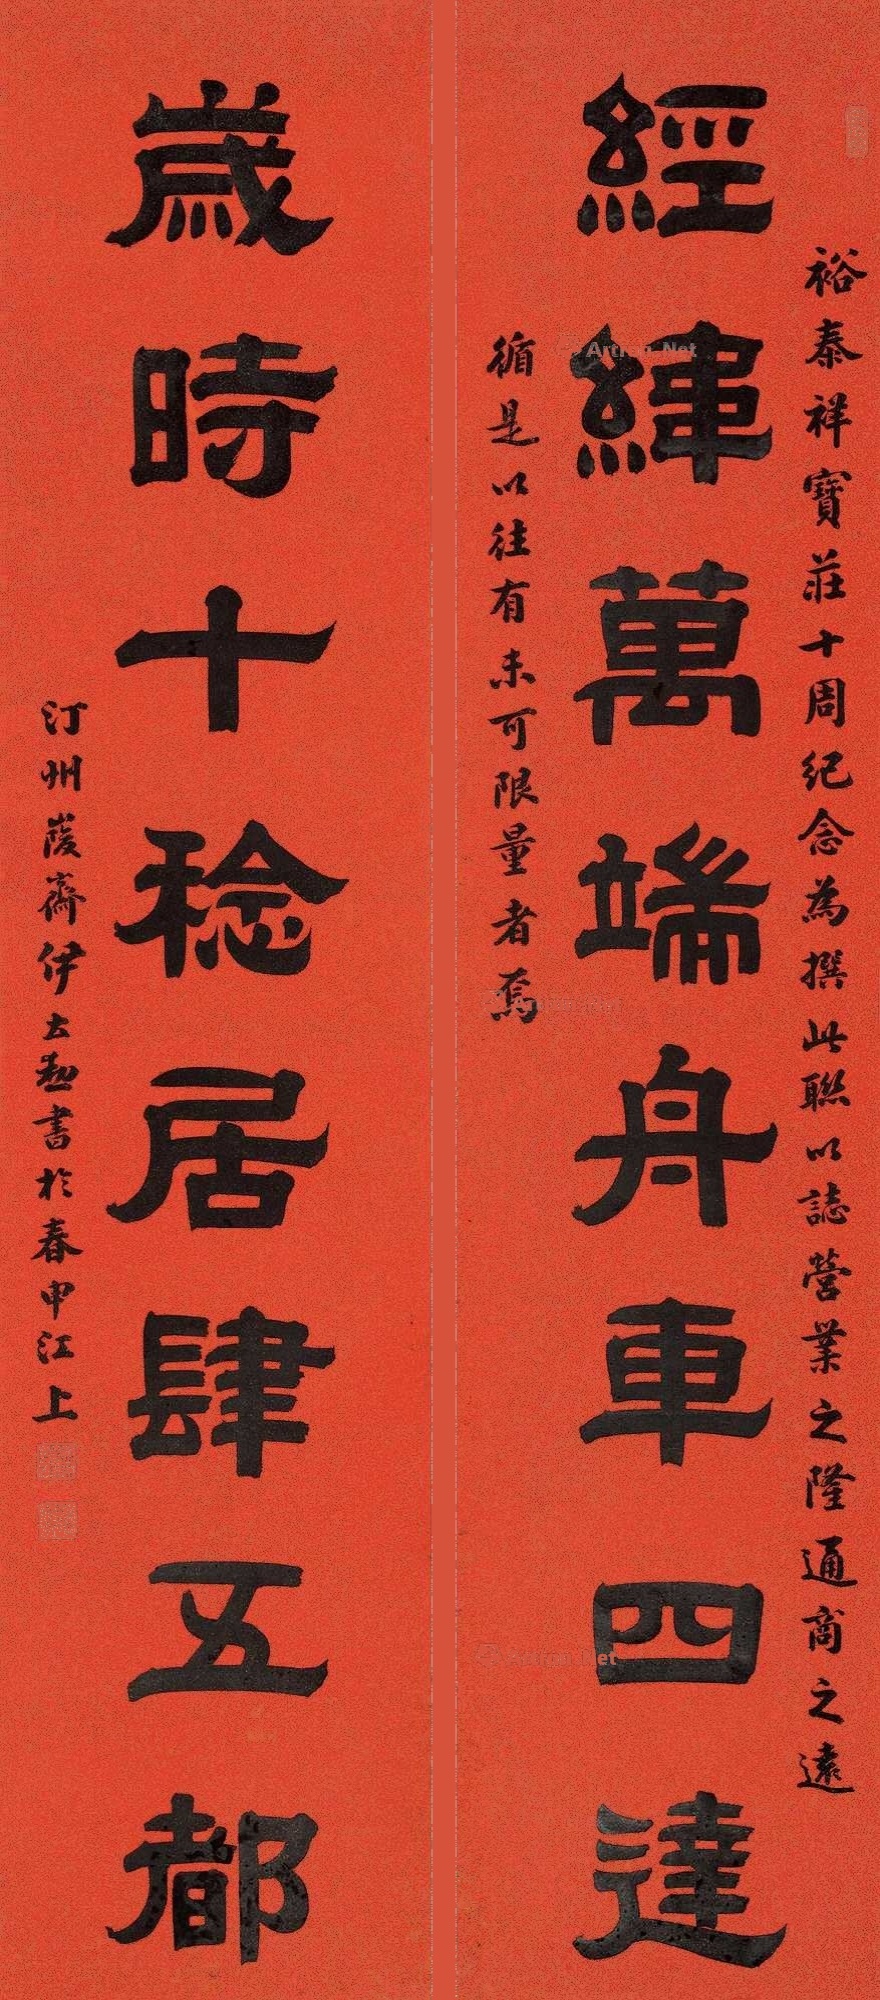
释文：经纬万端舟车四达，岁时十稔居肆五都。裕泰祥宝庄十周年纪念，为撰此联以志营业之隆，通商之远，循是以往，有未可限量者焉。汀州峻斋伊立勋书于春申江上。